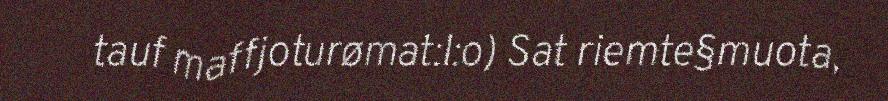
tauf maffjoturømat:l:o) Sat riemte§muota,